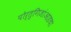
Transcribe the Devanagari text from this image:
पोर्तुगिजांआडचा